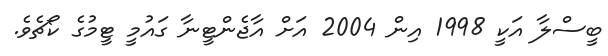
ބީސްލާ އަކީ 1998 އިން 2004 އަށް އާޖެންޓީނާ ގައުމީ ޓީމުގެ ކޯޗެވެ.